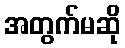
အတွက်မဆို